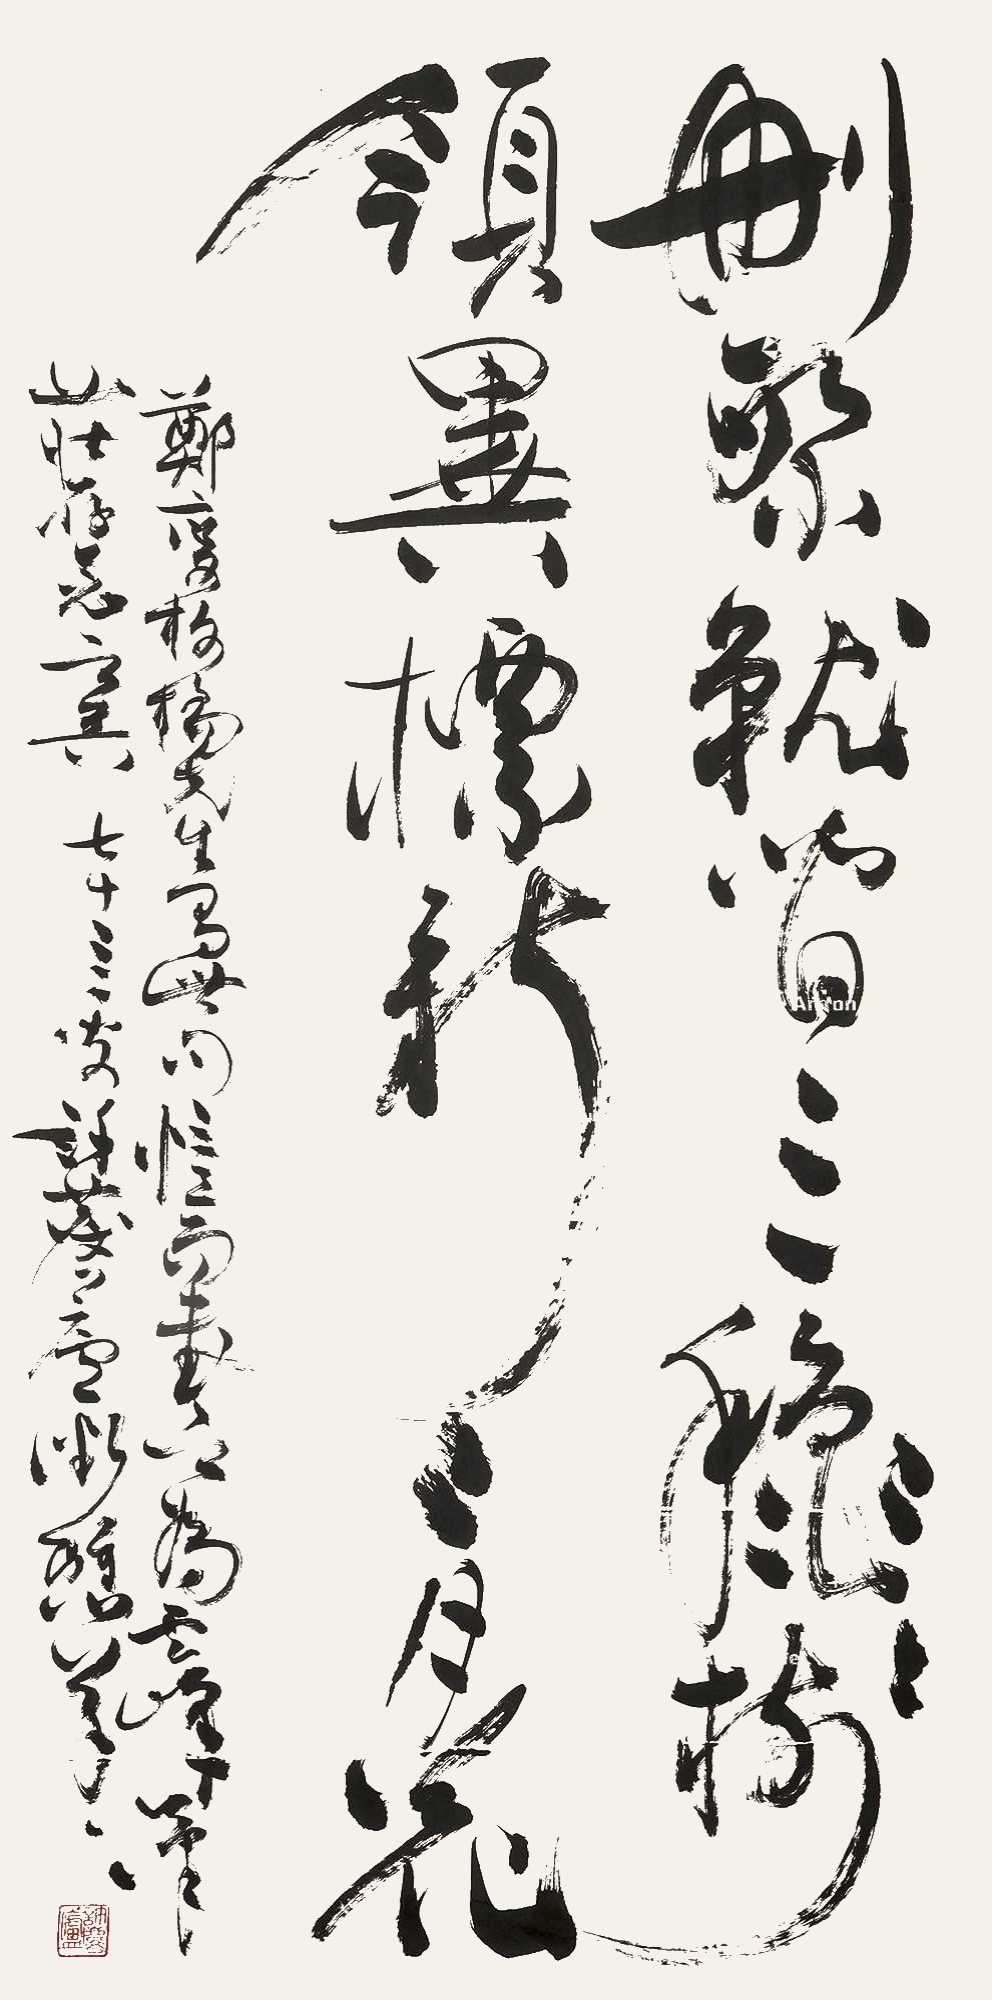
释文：删繁就简三秋树，领异标新二月花。郑燮板桥先生有此句，忆而书之，为其峰笔庄存念，七十三叟许麟庐微憩草。